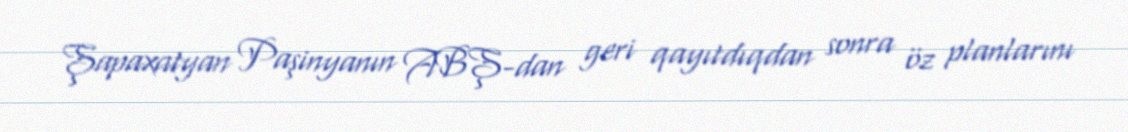
Şapaxatyan Paşinyanın ABŞ-dan geri qayıtdıqdan sonra öz planlarını